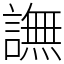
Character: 譕